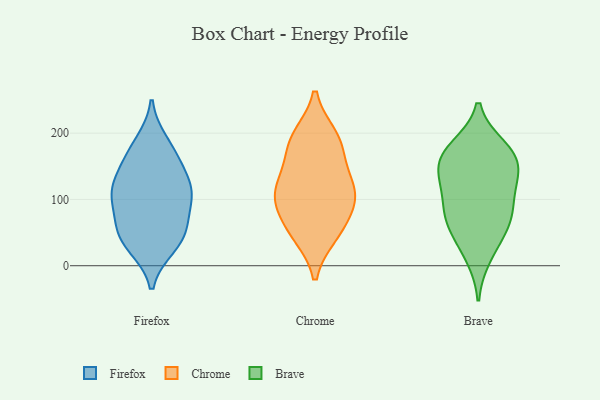
{"axis": {"x": "Backlog", "y": "Value"}, "legend": ["Brave", "Chrome", "Firefox"], "data": [{"x": "", "y": 119, "type": "Firefox"}, {"x": "", "y": 185, "type": "Firefox"}, {"x": "", "y": 35, "type": "Firefox"}, {"x": "", "y": 166, "type": "Firefox"}, {"x": "", "y": 111, "type": "Firefox"}, {"x": "", "y": 102, "type": "Firefox"}, {"x": "", "y": 123, "type": "Firefox"}, {"x": "", "y": 30, "type": "Firefox"}, {"x": "", "y": 50, "type": "Firefox"}, {"x": "", "y": 107, "type": "Firefox"}, {"x": "", "y": 160, "type": "Firefox"}, {"x": "", "y": 70, "type": "Firefox"}, {"x": "", "y": 51, "type": "Firefox"}, {"x": "", "y": 102, "type": "Chrome"}, {"x": "", "y": 193, "type": "Chrome"}, {"x": "", "y": 155, "type": "Chrome"}, {"x": "", "y": 124, "type": "Chrome"}, {"x": "", "y": 112, "type": "Chrome"}, {"x": "", "y": 47, "type": "Chrome"}, {"x": "", "y": 181, "type": "Chrome"}, {"x": "", "y": 66, "type": "Chrome"}, {"x": "", "y": 195, "type": "Chrome"}, {"x": "", "y": 112, "type": "Chrome"}, {"x": "", "y": 48, "type": "Chrome"}, {"x": "", "y": 96, "type": "Chrome"}, {"x": "", "y": 167, "type": "Brave"}, {"x": "", "y": 86, "type": "Brave"}, {"x": "", "y": 173, "type": "Brave"}, {"x": "", "y": 77, "type": "Brave"}, {"x": "", "y": 67, "type": "Brave"}, {"x": "", "y": 166, "type": "Brave"}, {"x": "", "y": 14, "type": "Brave"}, {"x": "", "y": 143, "type": "Brave"}, {"x": "", "y": 115, "type": "Brave"}, {"x": "", "y": 136, "type": "Brave"}, {"x": "", "y": 129, "type": "Brave"}, {"x": "", "y": 179, "type": "Brave"}, {"x": "", "y": 70, "type": "Brave"}, {"x": "", "y": 39, "type": "Brave"}]}